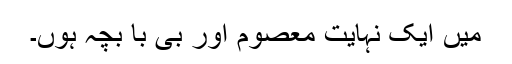
میں ایک نہایت معصوم اور بی با بچہ ہوں۔